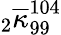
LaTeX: {}_{2}\overline{{\kappa}}_{99}^{104}